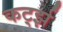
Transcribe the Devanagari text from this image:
कर्ट्झ